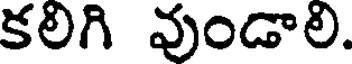
కలిగి వుండాలి.